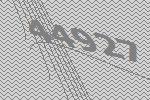
44927